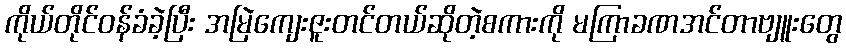
ကိုယ်တိုင်ဝန်ခံခဲ့ပြီး အမြဲကျေးဇူးတင်တယ်ဆိုတဲ့စကားကို မကြာခဏအင်တာဗျူးတွေ